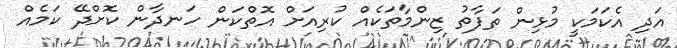
އަދި އެކަމަކީ މުޅިން ތަފާތު ޒިންމާތަކެއް ކުރިއަށް އޮތްކަން ހަނދާން ކޮށްދޭ ކަމެއް